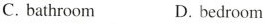
C. bathroom D. bedroom